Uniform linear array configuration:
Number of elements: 16
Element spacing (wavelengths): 1
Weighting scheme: hann
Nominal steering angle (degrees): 45
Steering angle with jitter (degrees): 43.521
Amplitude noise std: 0.05
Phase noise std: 0.05

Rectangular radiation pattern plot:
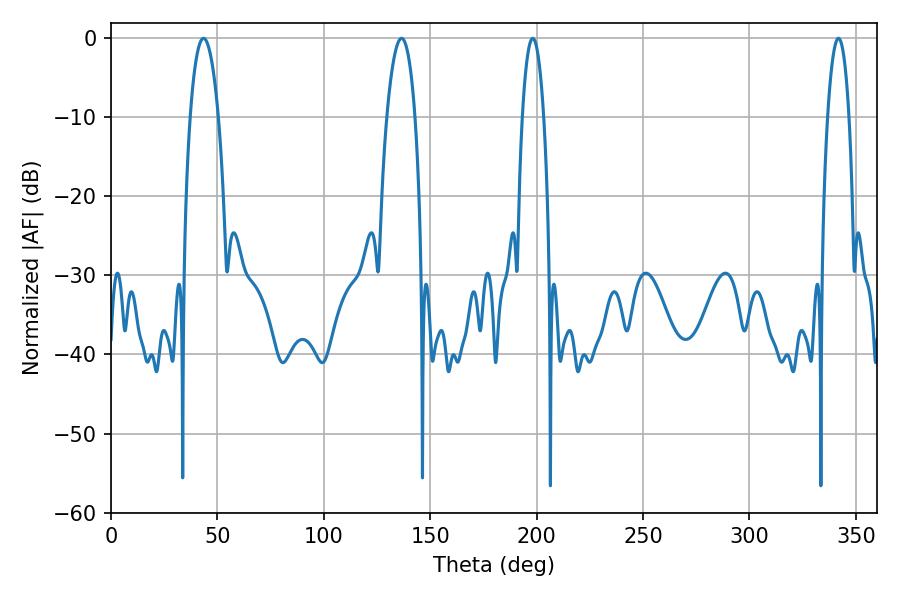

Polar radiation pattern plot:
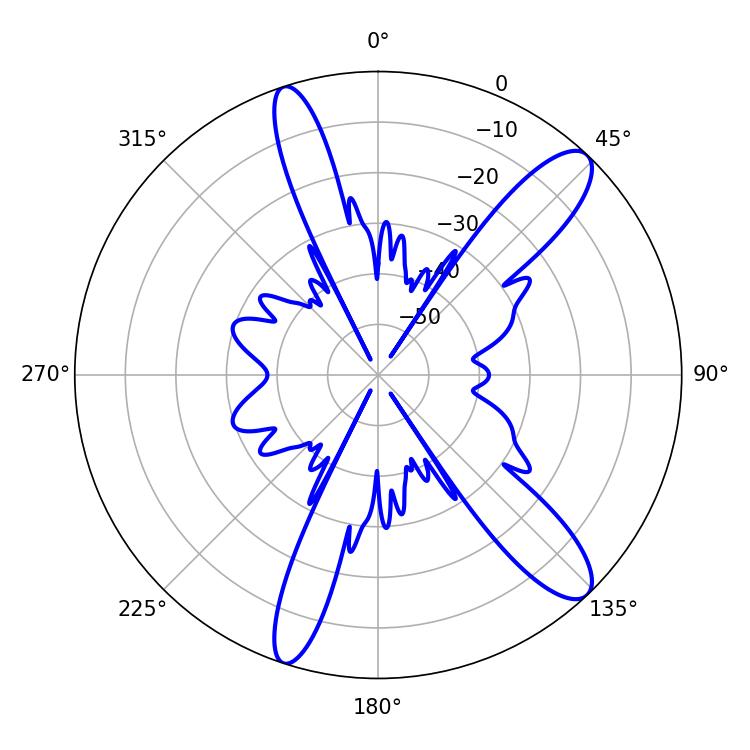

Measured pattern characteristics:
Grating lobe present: TRUE
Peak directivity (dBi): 12.053
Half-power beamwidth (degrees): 5.58
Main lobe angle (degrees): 198.18